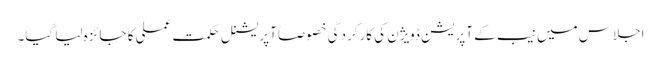
اجلاس میں نیب کے آپریشن ڈویژن کی کارکردگی خصوصاً آپریشنل حکمت عملی کا جائزہ لیا گیا۔